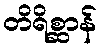
တိရိစ္ဆာန်